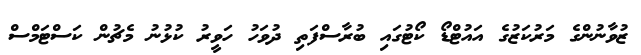
ޒުވާނުންގެ މަރުކަޒުގެ އައުޓްޑޯ ކޯޓުގައި ބުރާސްފަތި ދުވަހު ހަވީރު ކުޅުނު މެޗުން ކަސްޓަމްސް